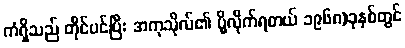
ကံရှိသည် တိုင်ပင်ပြီး အကုသိုလ်၏ ပို့လိုက်ရတယ် ၁၉၆၈)ခုနှစ်တွင်